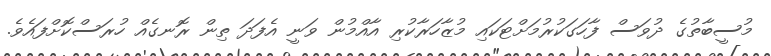
މުސީބާތުގެ ދުވަސް ފާހަގަކުރުމަށްޓަކައި މުޒާހަރާކުރި އާއްމުން ވަނީ އެފަދަ ތިން ރޮނގެއް ހުރަސްކޮށްފައެވެ.